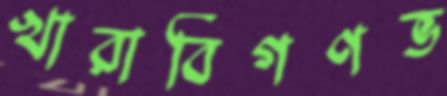
খারাবিগণভ